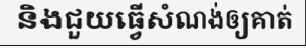
និងជួយធ្វើសំណង់ឲ្យគាត់